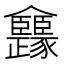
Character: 𠑳